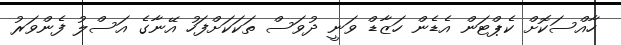
ހާއްސަކޮށް ކެޕްޓަން އެޑެން ހަޒާޑް ވަނީ ދުވަސް ތަކަކަށްފަހު އޭނާގެ އަސްލު ފެންވަރު